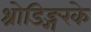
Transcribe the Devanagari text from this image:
श्रोडिङ्गरके